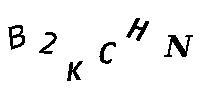
B2KCHN